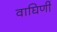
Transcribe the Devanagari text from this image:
वाघिणीं